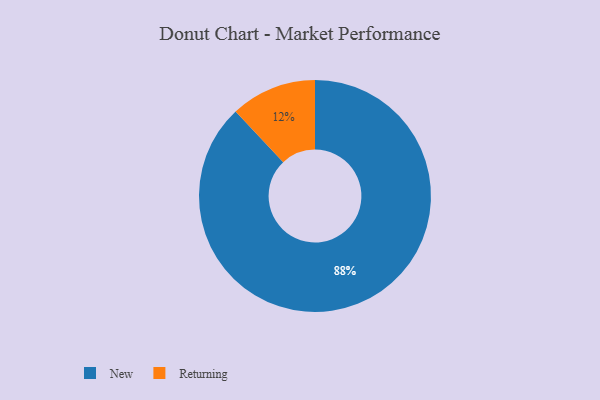
{"axis": {"x": "Category", "y": "Percentage"}, "legend": ["New", "Returning"], "data": [{"x": "New", "y": 88, "type": "New"}, {"x": "Returning", "y": 12, "type": "Returning"}]}